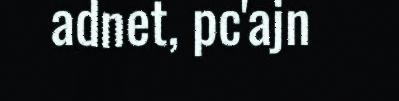
adnet, pc'ajn